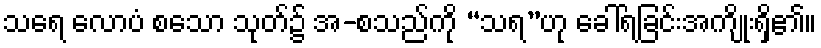
သရေ လောပံ စသော သုတ်၌ အ-စသည်ကို “သရ”ဟု ခေါ်ရခြင်းအကျိုးရှိ၏။